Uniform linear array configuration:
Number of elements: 48
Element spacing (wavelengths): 1
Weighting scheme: hann
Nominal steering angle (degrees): -60
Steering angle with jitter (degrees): -59.335
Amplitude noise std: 0.05
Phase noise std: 0.05

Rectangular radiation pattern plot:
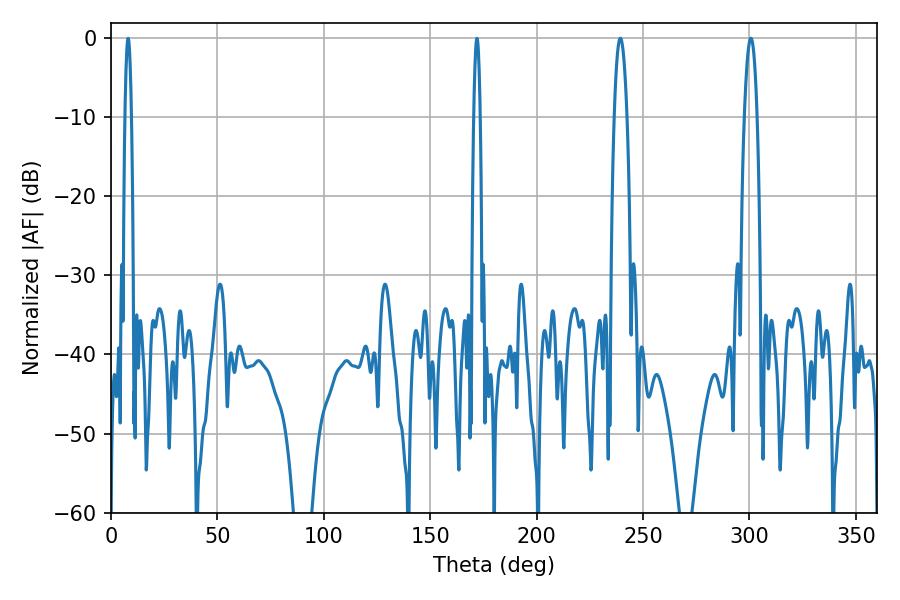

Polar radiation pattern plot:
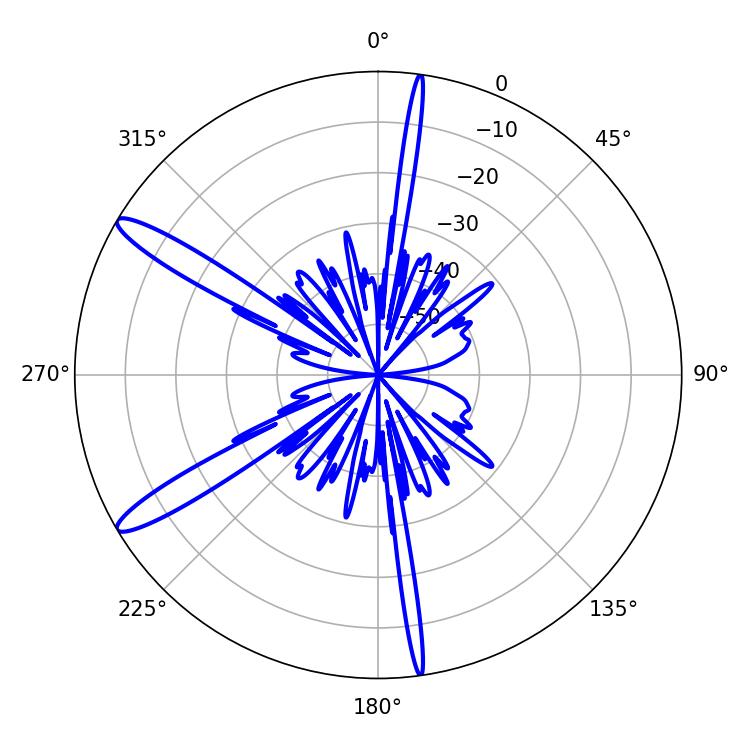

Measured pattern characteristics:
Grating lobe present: TRUE
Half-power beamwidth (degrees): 3.24
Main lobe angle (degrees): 300.6